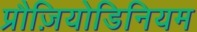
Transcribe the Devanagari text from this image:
प्रौज़ियोडिनियम